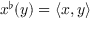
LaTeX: x ^ { \flat } ( y ) = \langle x , y \rangle